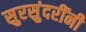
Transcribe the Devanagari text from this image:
सुरसुंदरींनी